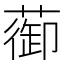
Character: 蓹